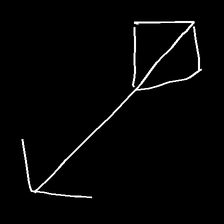
Glyph: focus